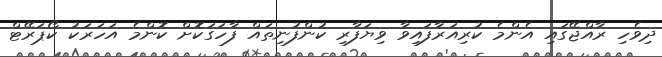
ދިވެހި ރާއްޖޭގައި އެންމެ ކުރިއަރާފައިވާ ވިޔަފާރި ކުންފުނިތައް ފާހަގަކޮށް ކޮންމެ އަހަރަކު ކޯޯޕަރޭޓް